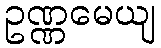
ဥဏ္ဏမေယျ